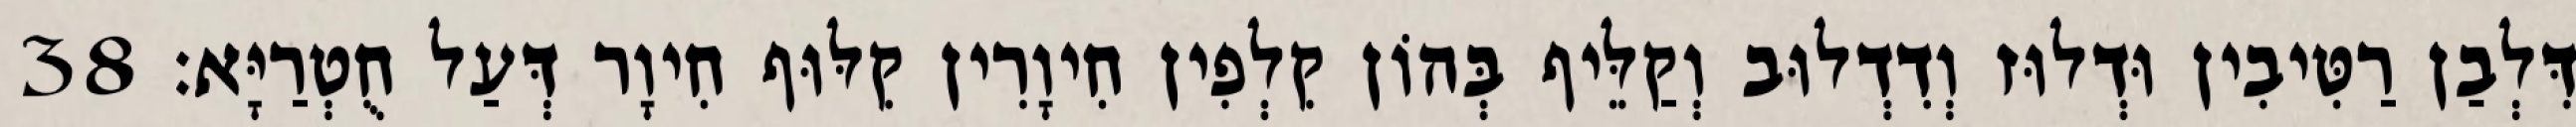
דִּלְבַן רַטִּיבִין וּדְלוּז וְדִדְלוּב וְקַלֵּיף בְּהוֹן קִלְפִין חִיוָרִין קִלּוּף חִיוָר דְּעַל חֻטְרַיָּא׃ 38